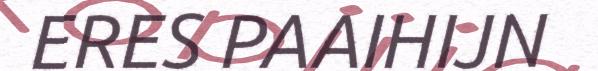
ERES PAAIHIJN